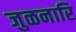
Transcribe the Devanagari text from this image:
जुळनारि